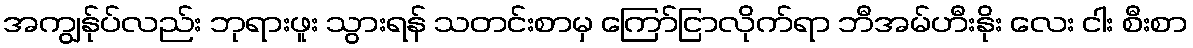
အကျွန်ုပ်လည်း ဘုရားဖူး သွားရန် သတင်းစာမှ ကြော်ငြာလိုက်ရာ ဘီအမ်ဟီးနိုး လေး ငါး စီးစာ